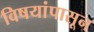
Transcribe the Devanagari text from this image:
विषयांपासून